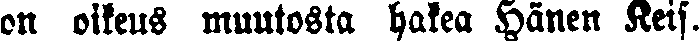
on oikeus muutosta hakea Hänen Keis.